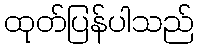
ထုတ်ပြန်ပါသည်